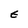
Character: E